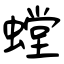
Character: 螳